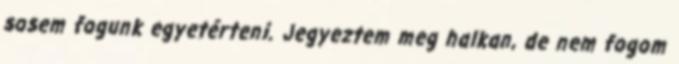
sosem fogunk egyetérteni. Jegyeztem meg halkan, de nem fogom